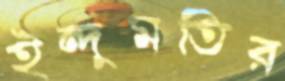
ইন্দুমতির